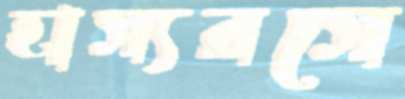
হাস্যরসে